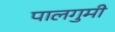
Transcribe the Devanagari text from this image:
पालगुमी